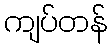
ကျပ်တန်